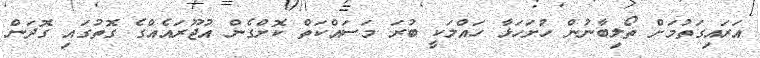
އަރައިގަތުމަށް ތޯލިބާނުން ހުށަހަޅާ ހައްލަކީ ބުރަ މަސައްކަތް ކޮށްގެން އުޖޫރައެއްގެ ގޮތުގައި ގޮދަން